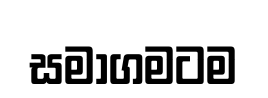
සමාගමටම